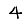
Digit: 4